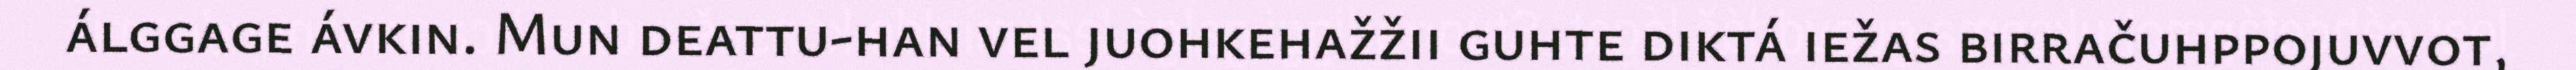
álggage ávkin. Mun deattu-han vel juohkehažžii guhte diktá iežas birračuhppojuvvot,